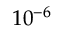
1 0 ^ { - 6 }